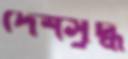
দেশসুদ্ধ